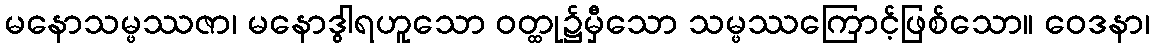
မနောသမ္ဖဿဇာ၊ မနောဒွါရဟူသော ဝတ္ထု၌မှီသော သမ္ဖဿကြောင့်ဖြစ်သော။ ဝေဒနာ၊